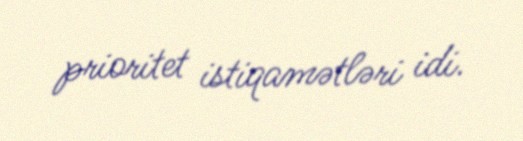
prioritet istiqamətləri idi.